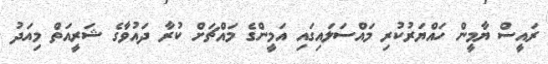
ރައީސް ޔާމީން ހައްޔަރުކުރި މައްސަލައިގައި އަމީންގެ މައްޗަށް ކުރާ ދައުވާގެ ޝަރީއަތް މިއަދު